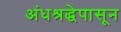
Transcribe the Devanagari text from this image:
अंधश्रद्धेपासून